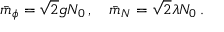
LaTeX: \bar { m } _ { \phi } = \sqrt { 2 } g N _ { 0 } \, , \quad \bar { m } _ { N } = \sqrt { 2 } \lambda N _ { 0 } \, .